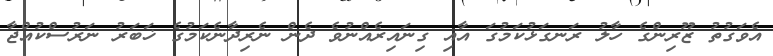
އެވަގުތު ޒޫރިންގެ ހާލު ރަނގަޅުކަމުގަ އާއި ގިނައިރެއްނުވެ ދެން ނެރިދާނެކަމުގެ ޚަބަރު ނަރުސްކުއްޖާ